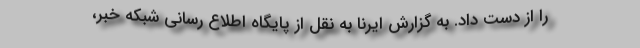
را از دست داد. به گزارش ایرنا به نقل از پایگاه اطلاع رسانی شبکه خبر،